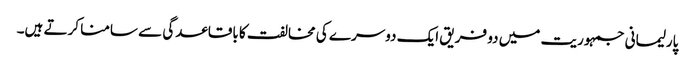
پارلیمانی جمہوریت میں دو فریق ایک دوسرے کی مخالفت کا باقاعدگی سے سامنا کرتے ہیں۔